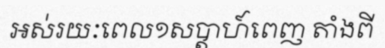
អស់រយៈពេល១សប្តាហ៍ពេញ តាំងពី